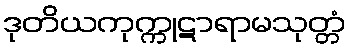
ဒုတိယကုက္ကုဋာရာမသုတ္တံ